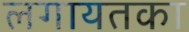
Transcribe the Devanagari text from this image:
लगायतका